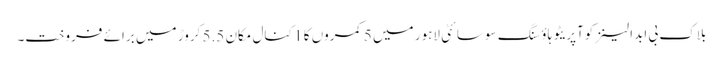
بلاک بی ابدالینزکوآپریٹو ہاؤسنگ سوسائٹی لاہور میں 5 کمروں کا 1 کنال مکان 5.5 کروڑ میں برائے فروخت۔